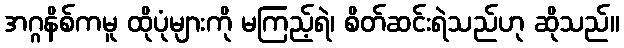
အဂ္ဂနိစ်ကမူ ထိုပုံများကို မကြည့်ရဲ၊ စိတ်ဆင်းရဲသည်ဟု ဆိုသည်။